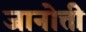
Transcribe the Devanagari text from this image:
जानोत्ती